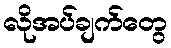
လိုအပ်ချက်တွေ